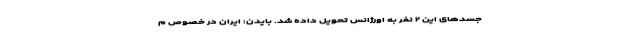
جسدهای این ۲ نفر به اورژانس تحویل داده شد. بایدن: ایران در خصوص م